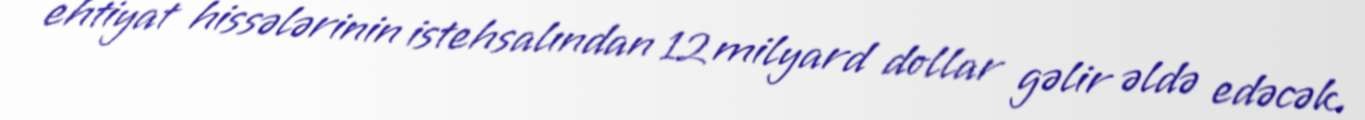
ehtiyat hissələrinin istehsalından 12 milyard dollar gəlir əldə edəcək.